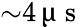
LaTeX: {\sim}4\, \upmu\mathrm{~s~}